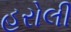
હરોલી